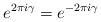
LaTeX: \begin{align*}e^{2\pi i\gamma} = e^{- 2\pi i\gamma}\end{align*}